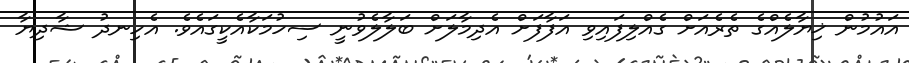
އައުމުން ޚިޔާލެއްގެ ތެރެއަށް ގެއްލިފައިވި އަފާފަށް އެދިމާލަށް ބަލާލެވުނީ ސިހުމަކާއެކީގައެވެ. އެހިނދު ޝާދިޔާ